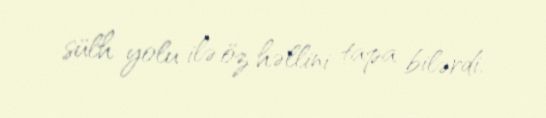
sülh yolu ilə öz həllini tapa bilərdi.